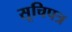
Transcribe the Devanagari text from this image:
सूचिपत्र